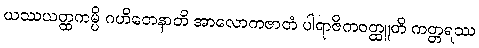
ယဿယတ္ထကမ္ပိ ဂဟိတေနာတိ အာလောကဇာတံ ပါရာဇိကဝတ္ထူတိ ကတ္တရဿ